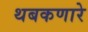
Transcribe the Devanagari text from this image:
थबकणारे